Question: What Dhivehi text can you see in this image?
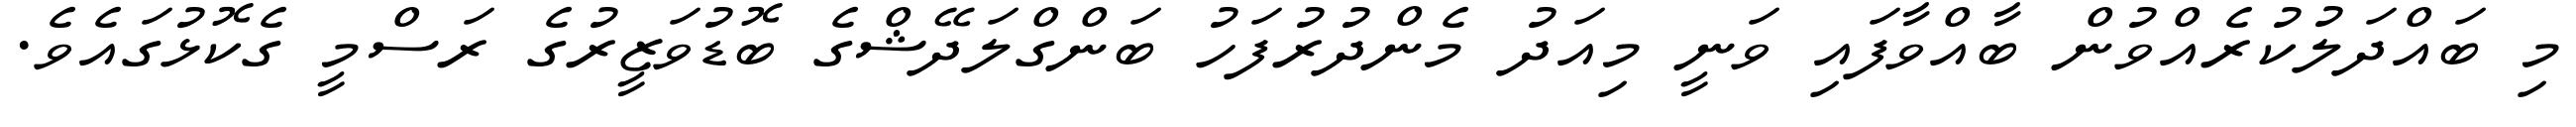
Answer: މި ބައްދަލުކުރެއްވުން ބާއްވާފައި ވަނީ މިއަދު މެންދުރުފަހު ބަންގްލަދޭޝްގެ ބޮޑުވަޒީރުގެ ރަސްމީ ގެކޮޅުގައެވެ.